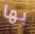
بها